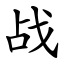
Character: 战